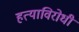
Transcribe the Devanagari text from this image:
हत्याविरोधी